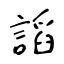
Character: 謟